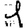
Digit: 1